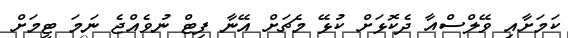
ކަމަށާއި ވޭލްސްއާ ދެކޮޅަށް ކުޅޭ މެޗަށް އޭނާ ފިޓް ނުވެއްޖެ ނަމަ ޓީމަށް